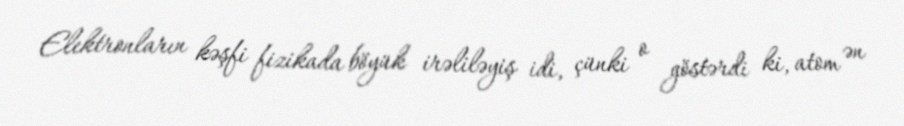
Elektronların kəşfi fizikada böyük irəliləyiş idi, çünki o göstərdi ki, atom ən